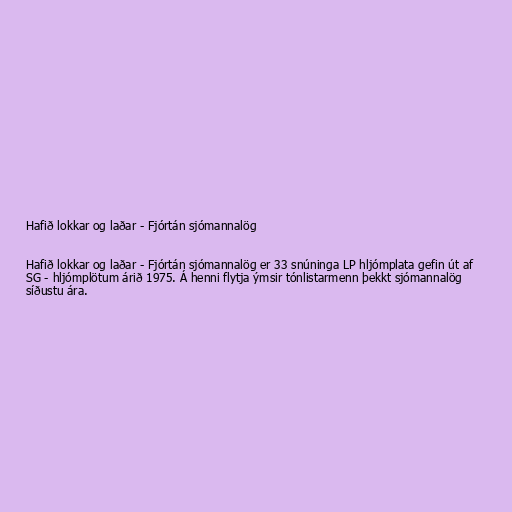
Hafið lokkar og laðar - Fjórtán sjómannalög

Hafið lokkar og laðar - Fjórtán sjómannalög er 33 snúninga LP hljómplata gefin út af
SG - hljómplötum árið 1975. Á henni flytja ýmsir tónlistarmenn þekkt sjómannalög
síðustu ára.